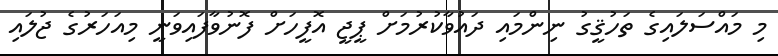
މި މައްސަލައިގެ ތަހުޤީގު ނިންމައި ދައުވާކުރުމަށް ޕީޖީ އޮފީހަށް ފޮނުވާފައިވަނީ މިއަހަރުގެ ޖުލައި